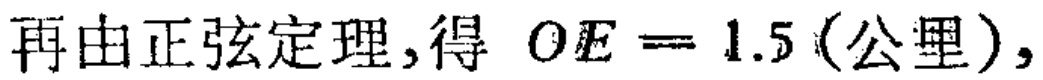
再由正弦定理,得 \(OE = 1.5\) (公里),